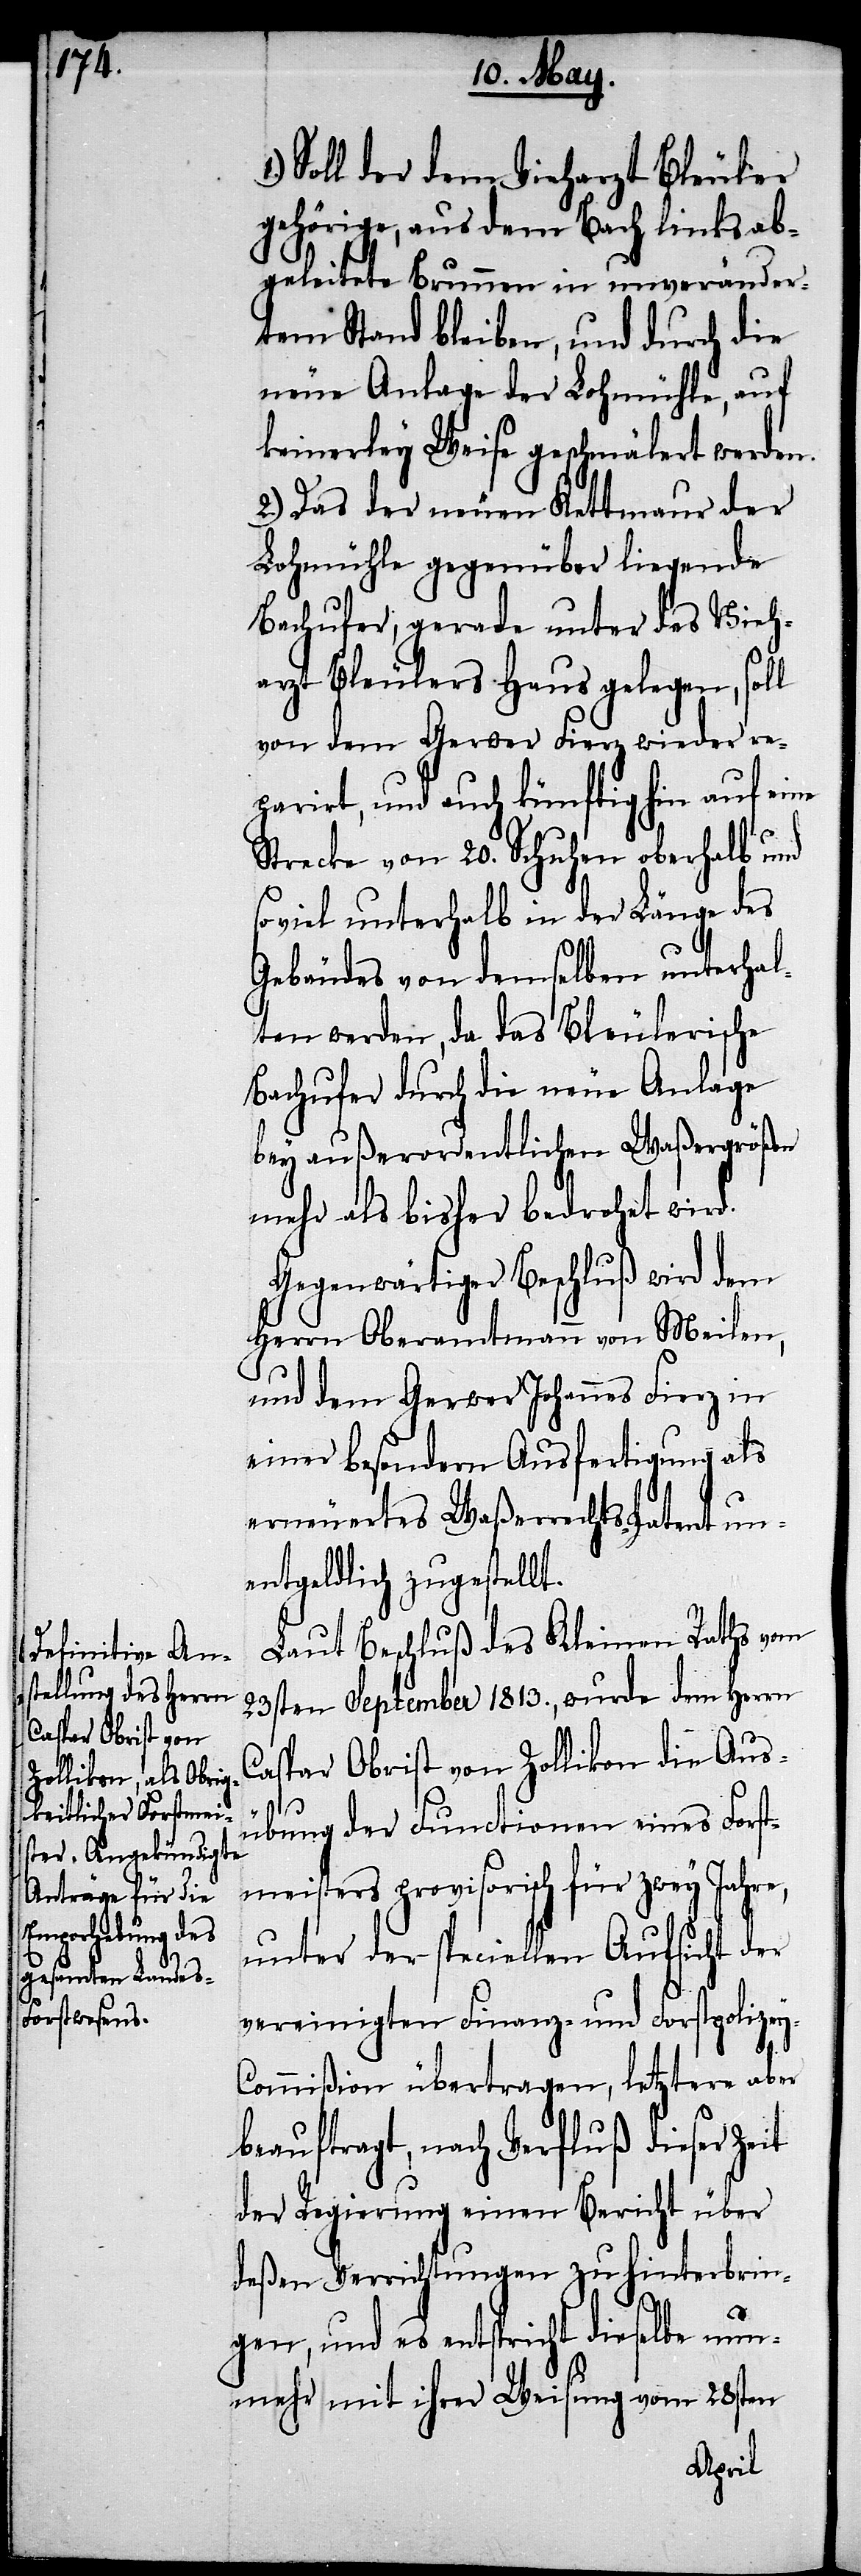
Soll der dem Vieharzt Bleuler
gehörige, aus dem Bach links ab¬
geleitete Brunnen in unveränder¬
tem Stand bleiben, und durch die
neue Anlage der Lohnmühle, auf
keinerley Weise geschmälert werden.
2.) Das der neuen Kettmaur der
Lohnmühle gegenüber liegende
Bachufer, gerade unter des Vieh¬
arzt Bleulers Haus gelegen, sol¬
von dem Gerwer Fierz wieder re¬
pariert, und auch künftighin auf eine
Strecke von 20. Schuhen oberhalb und
so viel unterhalb in der Länge des
Gebäudes von demselben unterhal¬
ten werden, da das Bleulerische
Bachufer durch die neue Anlage
bey außerordentlichen Waßergrößen
mehr als bisher bedroht wird.
Gegenwärtiger Beschluß wird dem
Herrn Oberamtmann von Meilen,
und dem Gerwer Johannes Fierz in
einer besondern Ausfertigung als
erneuertes Waßerrechts-Patent un¬
entgeldlich zugestellt.
Laut Beschluß des Kleinen Raths vom
23sten September 1813., wurde dem Herrn
Caspar Obrist von Zollikon die Aus¬
übung der Functionen eines Forst¬
meisters provisorisch für zwey Jahre,
unter der speciellen Aufsicht der
vereinigten Finanz- und Forstpolize¬
ommißion übertragen, letztere aber
beauftragt, nach Verfluß dieser Zeit
der Regierung einen Bericht über
deßen Verrichtungen zu hinterbrin¬
y-C¬
gen, und es entspricht dieselbe nun¬
mehr mit ihrer Weisung vom 28sten